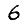
Digit: 6